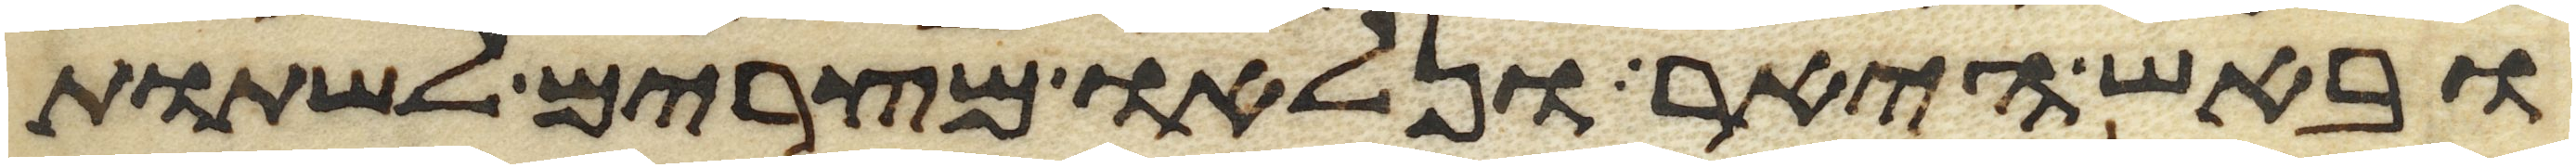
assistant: ובאש היאר ונלאו מצרים לשתות